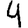
Digit: 4